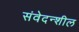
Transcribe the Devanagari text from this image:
संवेदन्शील